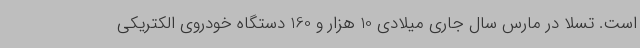
است. تسلا در مارس سال جاری میلادی 10 هزار و 160 دستگاه خودروی الکتریکی